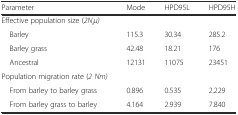
<table><thead><tr><td><b>Parameter</b></td><td><b>Mode</b></td><td><b>HPD95L</b></td><td><b>HPD95H</b></td></tr></thead><tbody><tr><td>Effective population size (<i>2N</i><sub><i>i</i></sub><i>μ)</i></td><td>[EMPTY_CELL]</td><td>[EMPTY_CELL]</td><td>[EMPTY_CELL]</td></tr><tr><td> Barley</td><td>115.3</td><td>30.34</td><td>285.2</td></tr><tr><td> Barley grass</td><td>42.48</td><td>18.21</td><td>176</td></tr><tr><td> Ancestral</td><td>12131</td><td>11075</td><td>23451</td></tr><tr><td>Population migration rate (<i>2 Nm)</i></td><td>[EMPTY_CELL]</td><td>[EMPTY_CELL]</td><td>[EMPTY_CELL]</td></tr><tr><td> From barley to barley grass</td><td>0.896</td><td>0.535</td><td>2.229</td></tr><tr><td> From barley grass to barley</td><td>4.164</td><td>2.939</td><td>7.840</td></tr></tbody></table>